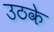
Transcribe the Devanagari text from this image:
उठके